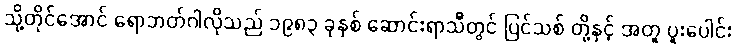
သို့တိုင်အောင် ရောဘတ်ဂါလိုသည် ၁၉၈၃ ခုနှစ် ဆောင်းရာသီတွင် ပြင်သစ် တို့နှင့် အတူ ပူးပေါင်း